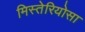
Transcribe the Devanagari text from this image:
मिस्तेरियोसा